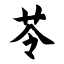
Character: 苓